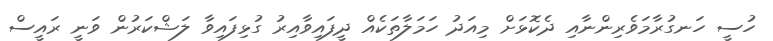
ހުސީ ހަނގުރާމަވެރިންނާއި ދެކޮޅަށް މިއަދު ހަމަލާތަކެއް ދީފައިވާއިރު ގުޅިފައިވާ ލަޝްކަރުން ވަނީ ރައީސް